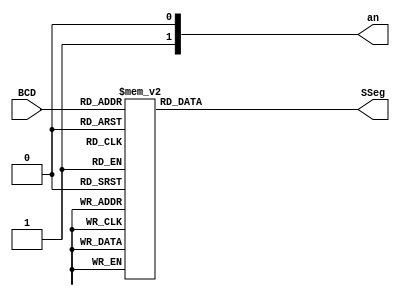
module BCDtoSSeg ( input [3:0] BCD, output reg [0:6] SSeg, output [3:0] an );

    always @ ( * ) begin
        
        case ( BCD )
            
            4'b0000: SSeg = 7'b0000001; // 0  
            4'b0001: SSeg = 7'b1001111; // 1 
            4'b0010: SSeg = 7'b0010010; // 2 
            4'b0011: SSeg = 7'b0000110; // 3 
            4'b0100: SSeg = 7'b1001100; // 4 
            4'b0101: SSeg = 7'b0100100; // 5 
            4'b0110: SSeg = 7'b0100000; // 6 
            4'b0111: SSeg = 7'b0001111; // 7 
            4'b1000: SSeg = 7'b0000000; // 8  
            4'b1001: SSeg = 7'b0000100; // 9 
            4'b1010: SSeg = 7'b0001000; // a  
            4'b1011: SSeg = 7'b1100000; // b
            4'b1100: SSeg = 7'b0110001; // c
            4'b1101: SSeg = 7'b1000010; // d
            4'b1110: SSeg = 7'b0110000; // e
            4'b1111: SSeg = 7'b0111000; // f

            default: SSeg = 0;

        endcase

    end

endmodule